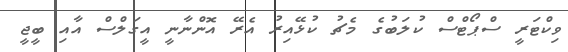
ވިކްޓަރީ ސްޕޯޓްސް ކުލަބުގެ މެޗު ކުޅޭއިރު އެރޭ އޮންނާނީ އީގަލްސް އާއި ބީޖީ